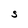
Character: S